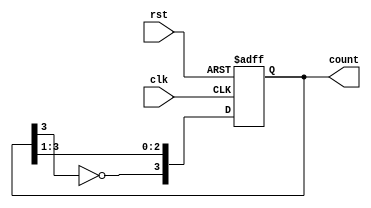
module JohnsonCounter #(
    parameter N = 4  // Number of flip-flops
) (
    input wire clk,    // Clock input
    input wire rst,    // Asynchronous reset
    output reg [N-1:0] count // Output state
);

    // Internal signal to hold the feedback for the first flip-flop
    wire feedback;

    // Assign feedback as the inverted output of the last flip-flop
    assign feedback = ~count[N-1];

    // Sequential logic for the Johnson counter
    always @(posedge clk or posedge rst) begin
        if (rst) begin
            // Reset all flip-flops to 0
            count <= {N{1'b0}};
        end else begin
            // Shift the current states and apply feedback
            count <= {feedback, count[N-1:1]};
        end
    end

endmodule